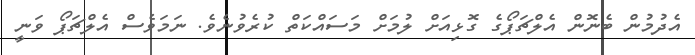
އެދުމުން ބެނޮން އެލްޗަޕޯގެ ގޮޅިއަށް ލުމަށް މަސައްކަތް ކުރެވުނެވެ. ނަމަވެސް އެލްޗަޕޯ ވަނީ